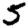
Digit: 5